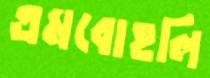
এমবোহলি